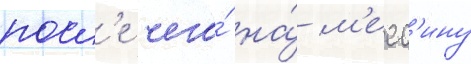
посл'е чего́ на́ м'есс'ину